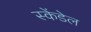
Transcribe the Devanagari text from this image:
स्केंडेल